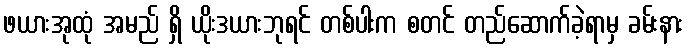
ဖယားအုထုံ အမည် ရှိ ယိုးဒယားဘုရင် တစ်ပါးက စတင် တည်ဆောက်ခဲ့ရာမှ ခမ်းနား